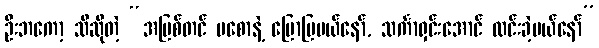
ဦးဘကော့ သီဆိုတဲ့ “အပြစ်တင် မစောနဲ့ ပြောပြမယ်နော်, သင်္ကာရှင်းအောင် လင်းခဲ့မယ်နော်”